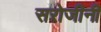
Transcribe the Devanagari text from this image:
सरोजीनी